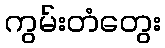
ကွမ်းတံတွေး